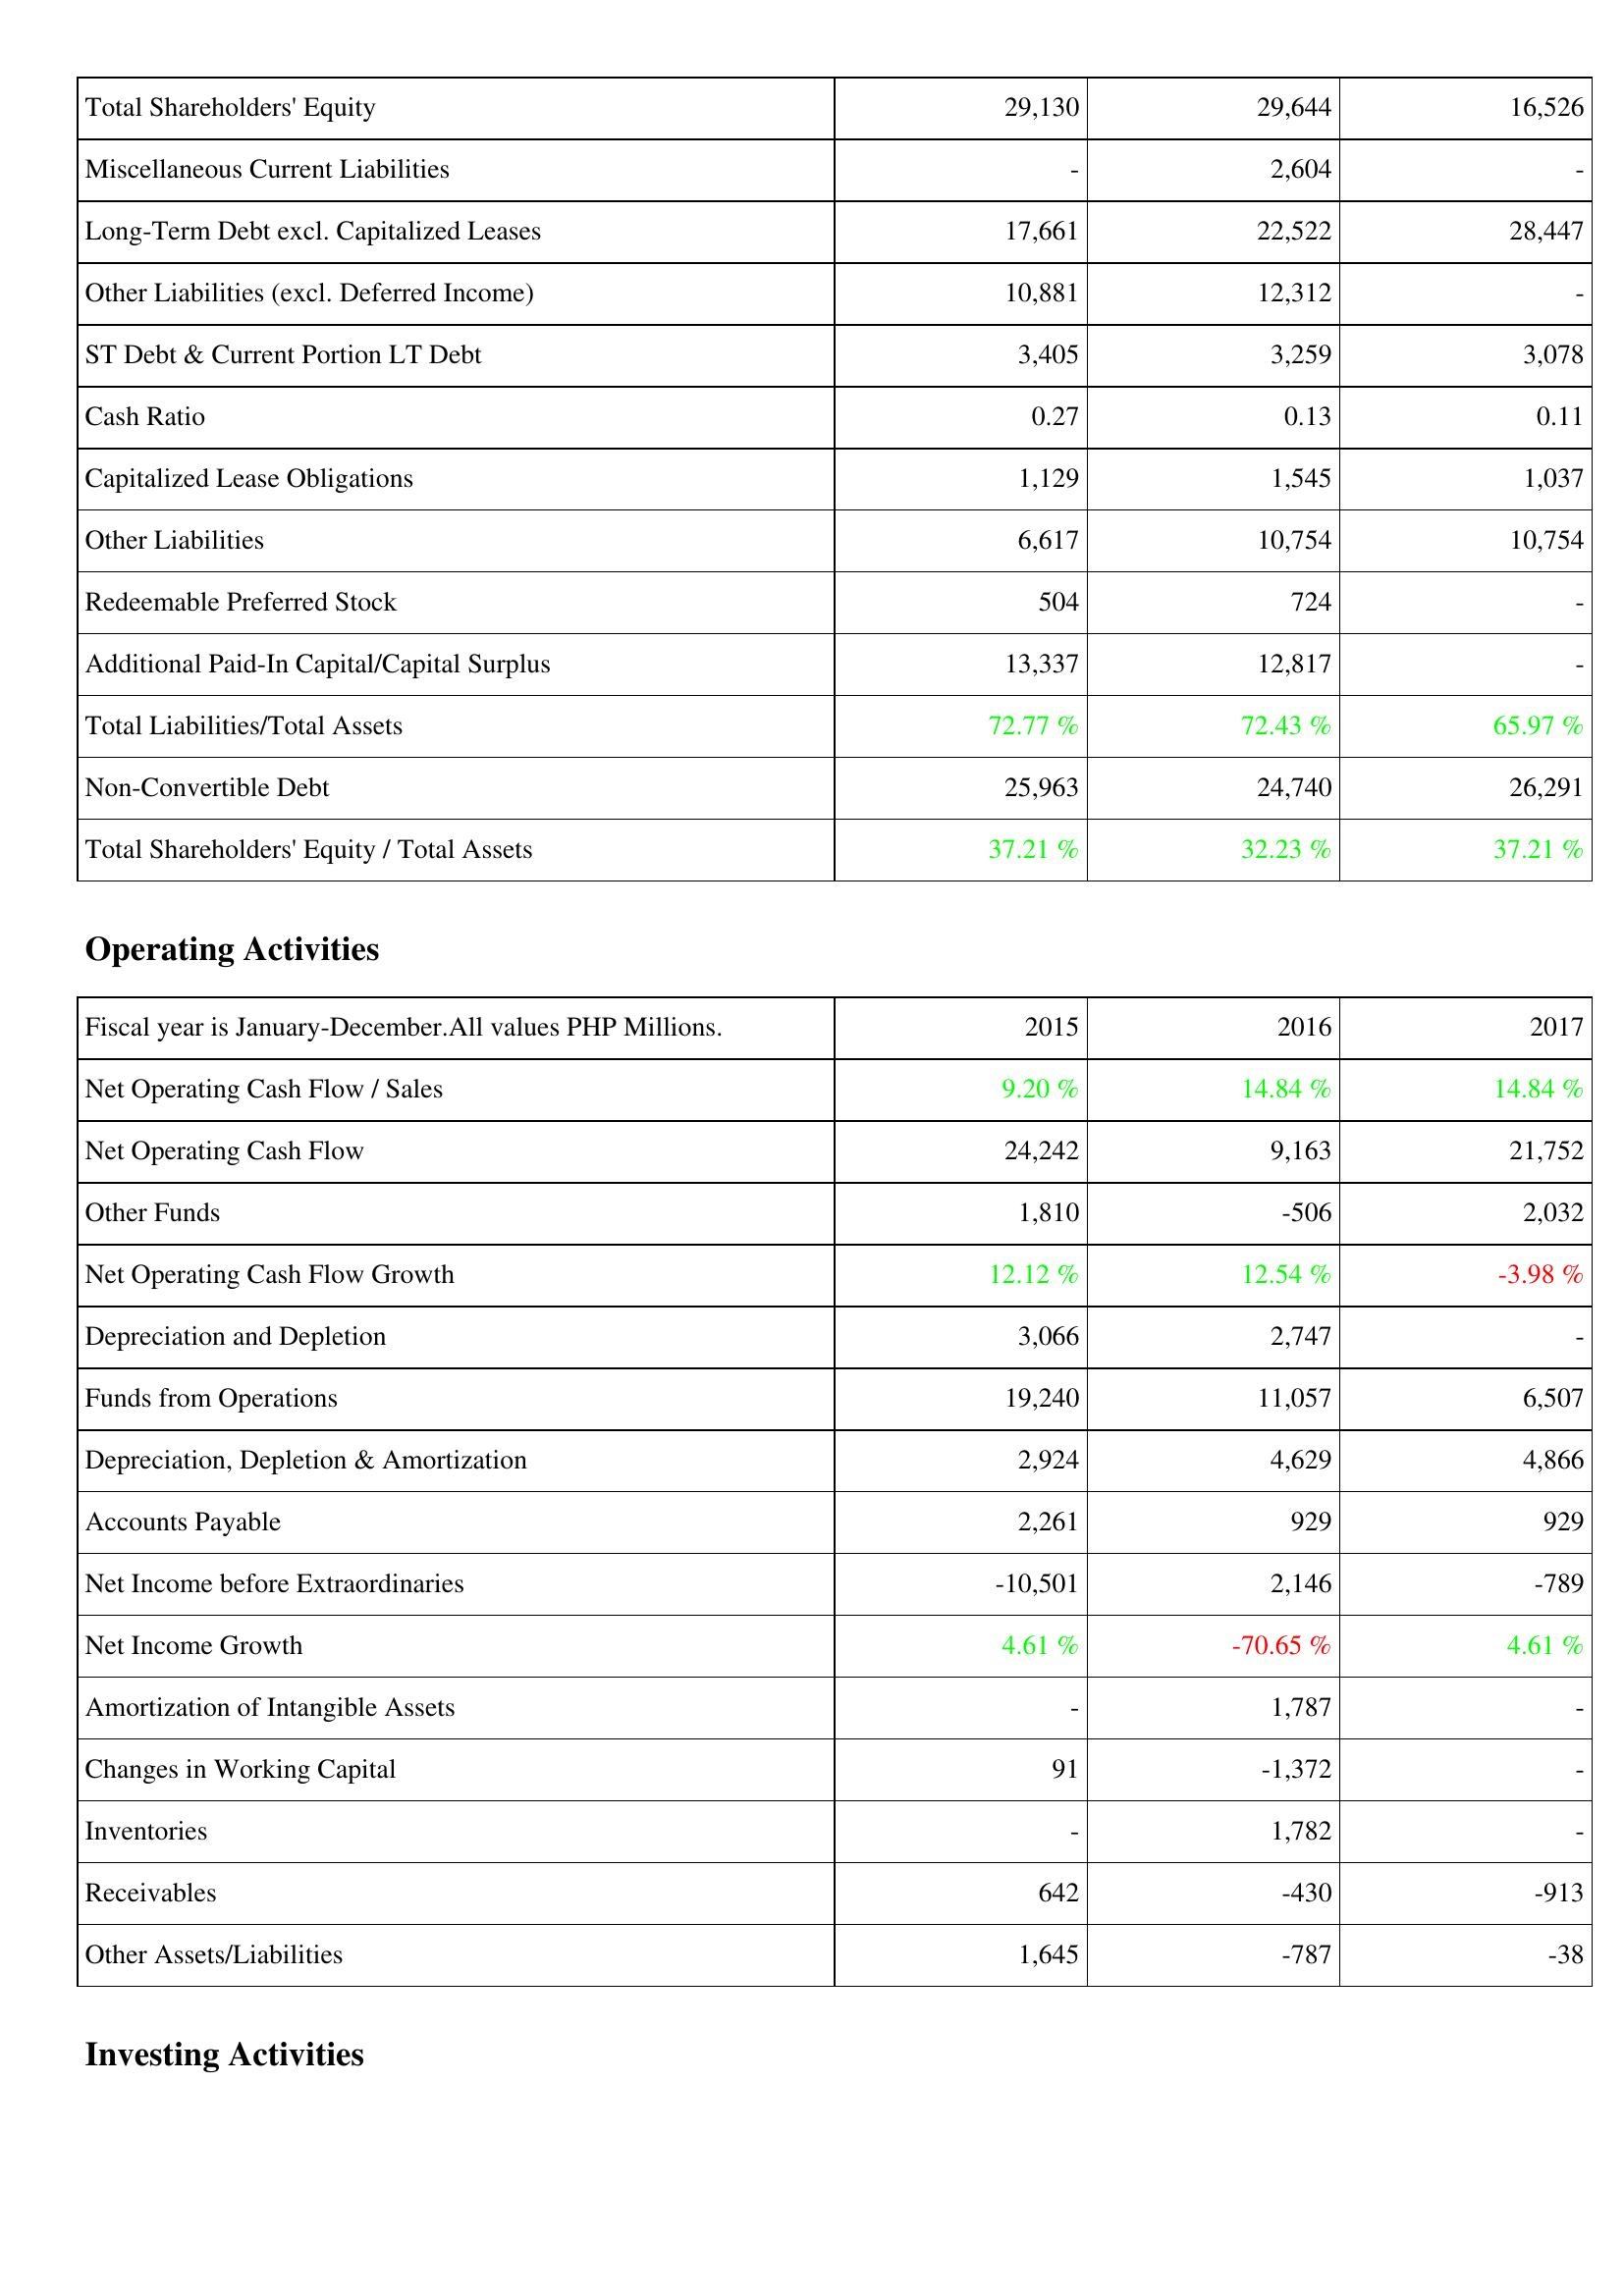
2015: Liabilities & Shareholders' Equity: Total Shareholders' Equity: 29,130
Miscellaneous Current Liabilities: -
Long-Term Debt excl. Capitalized Leases: 17,661
Other Liabilities (excl. Deferred Income): 10,881
ST Debt & Current Portion LT Debt: 3,405
Cash Ratio: 0.27
Capitalized Lease Obligations: 1,129
Other Liabilities: 6,617
Redeemable Preferred Stock: 504
Additional Paid-In Capital/Capital Surplus: 13,337
Total Liabilities/Total Assets: 72.77 %
Non-Convertible Debt: 25,963
Total Shareholders' Equity / Total Assets: 37.21 %
Operating Activities: Net Operating Cash Flow / Sales: 9.20 %
Net Operating Cash Flow: 24,242
Other Funds: 1,810
Net Operating Cash Flow Growth: 12.12 %
Depreciation and Depletion: 3,066
Funds from Operations: 19,240
Depreciation, Depletion & Amortization: 2,924
Accounts Payable: 2,261
Net Income before Extraordinaries: -10,501
Net Income Growth: 4.61 %
Amortization of Intangible Assets: -
Changes in Working Capital: 91
Inventories: -
Receivables: 642
Other Assets/Liabilities: 1,645
2016: Liabilities & Shareholders' Equity: Total Shareholders' Equity: 29,644
Miscellaneous Current Liabilities: 2,604
Long-Term Debt excl. Capitalized Leases: 22,522
Other Liabilities (excl. Deferred Income): 12,312
ST Debt & Current Portion LT Debt: 3,259
Cash Ratio: 0.13
Capitalized Lease Obligations: 1,545
Other Liabilities: 10,754
Redeemable Preferred Stock: 724
Additional Paid-In Capital/Capital Surplus: 12,817
Total Liabilities/Total Assets: 72.43 %
Non-Convertible Debt: 24,740
Total Shareholders' Equity / Total Assets: 32.23 %
Operating Activities: Net Operating Cash Flow / Sales: 14.84 %
Net Operating Cash Flow: 9,163
Other Funds: -506
Net Operating Cash Flow Growth: 12.54 %
Depreciation and Depletion: 2,747
Funds from Operations: 11,057
Depreciation, Depletion & Amortization: 4,629
Accounts Payable: 929
Net Income before Extraordinaries: 2,146
Net Income Growth: -70.65 %
Amortization of Intangible Assets: 1,787
Changes in Working Capital: -1,372
Inventories: 1,782
Receivables: -430
Other Assets/Liabilities: -787
2017: Liabilities & Shareholders' Equity: Total Shareholders' Equity: 16,526
Miscellaneous Current Liabilities: -
Long-Term Debt excl. Capitalized Leases: 28,447
Other Liabilities (excl. Deferred Income): -
ST Debt & Current Portion LT Debt: 3,078
Cash Ratio: 0.11
Capitalized Lease Obligations: 1,037
Other Liabilities: 10,754
Redeemable Preferred Stock: -
Additional Paid-In Capital/Capital Surplus: -
Total Liabilities/Total Assets: 65.97 %
Non-Convertible Debt: 26,291
Total Shareholders' Equity / Total Assets: 37.21 %
Operating Activities: Net Operating Cash Flow / Sales: 14.84 %
Net Operating Cash Flow: 21,752
Other Funds: 2,032
Net Operating Cash Flow Growth: -3.98 %
Depreciation and Depletion: -
Funds from Operations: 6,507
Depreciation, Depletion & Amortization: 4,866
Accounts Payable: 929
Net Income before Extraordinaries: -789
Net Income Growth: 4.61 %
Amortization of Intangible Assets: -
Changes in Working Capital: -
Inventories: -
Receivables: -913
Other Assets/Liabilities: -38